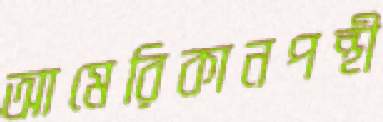
আমেরিকানপন্থী